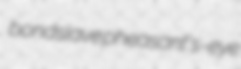
bondslave pheasant's-eye